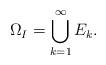
LaTeX: \begin{align*} \Omega_I = \bigcup_{k=1}^\infty E_k. \end{align*}